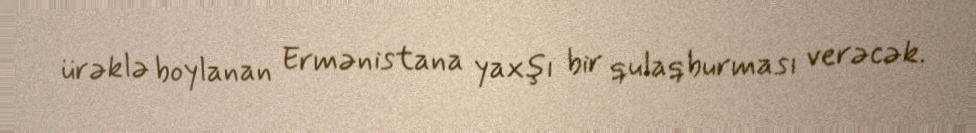
ürəklə boylanan Ermənistana yaxşı bir qulaqburması verəcək.